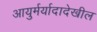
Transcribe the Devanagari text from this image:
आयुर्मर्यादादेखील